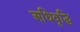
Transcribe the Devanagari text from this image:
अधिवृद्धि